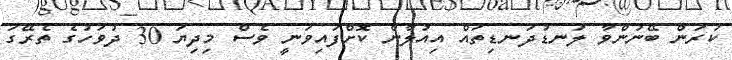
ކުރަން ބޭނުންވާ ލަނޑުދަނޑިތައް އިއުލާން ކޮށްފައިވަނީ ވެސް މިދިޔަ 30 ދުވަހުގެ ތެރޭގަ